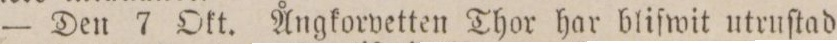
— Den 7 Okt. Ångkorvetten Thor har blifwit utruſtad